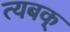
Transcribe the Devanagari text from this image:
त्यबक्